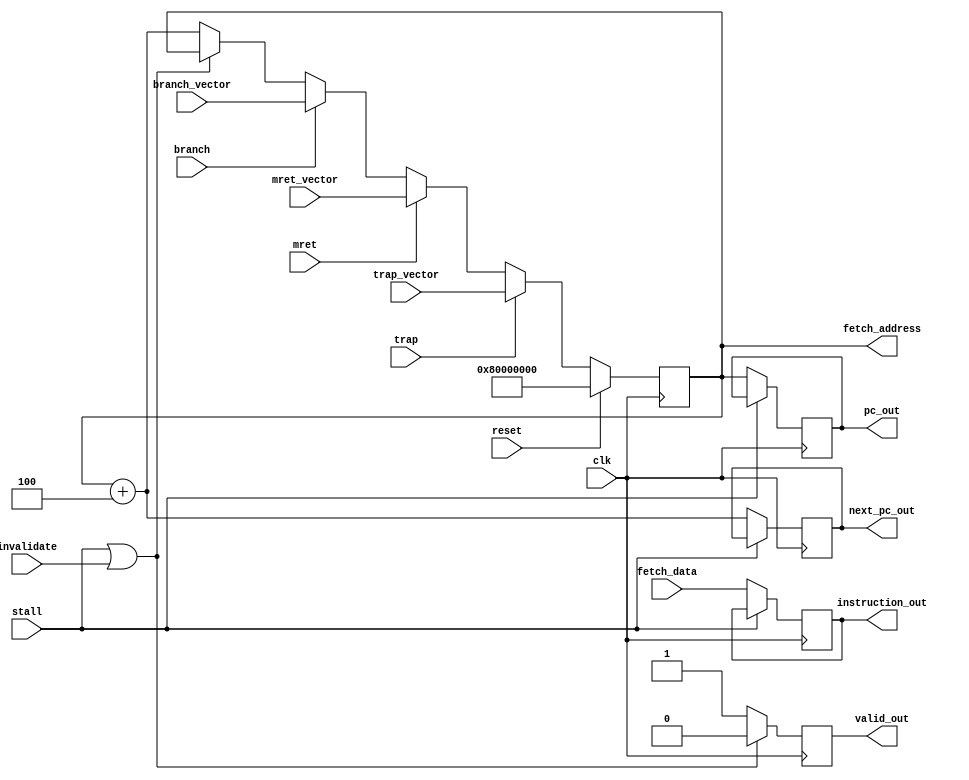
// This program was cloned from: https://github.com/hello-eternity/Cyberrio
// License: Apache License 2.0

module fetch #(
    parameter RESET_VECTOR = 32'h8000_0000
) (
    `ifdef USE_POWER_PINS
    inout vccd1,	// User area 1 1.8V supply
    inout vssd1,	// User area 1 digital ground
    `endif
    input clk,
    input reset,

    // from execute
    input branch,
    input [31:0] branch_vector,

    // from writeback
    input trap,
    input mret,

    // from csr
    input [31:0] trap_vector,
    input [31:0] mret_vector,

    // from hazard
    input stall,
    input invalidate,

    // to busio
    output [31:0] fetch_address,
    // from busio
    input [31:0] fetch_data,

    // to decode
    output reg [31:0] pc_out,
    output reg [31:0] next_pc_out,
    output reg [31:0] instruction_out,
    output reg valid_out
);

    reg [31:0] pc = RESET_VECTOR;
    wire [31:0] next_pc = pc + 4;

// Select the next PC
// Select the next PC
always @(posedge clk) begin
    if (reset) begin
        pc <= RESET_VECTOR;
    end
    else if (trap) begin
        pc <= trap_vector;
    end
    else if (mret) begin
        pc <= mret_vector;
    end
    else if (branch) begin
        pc <= branch_vector;
    end
    else if (stall || invalidate) begin
        pc <= pc;
    end
    else begin
        pc <= next_pc;
    end
end


    // Output fetch address to busio
    assign fetch_address = pc;

    // Handle instruction fetch and output to decode
    always @(posedge clk) begin
        if(stall || invalidate)
            valid_out <= 0;
        else
            valid_out <= 1;

        if(!stall) begin
            pc_out <= pc;
            next_pc_out <= next_pc;
            instruction_out <= fetch_data;
        end
    end

endmodule